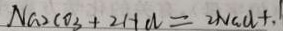
N a _ { 2 } C O _ { 3 } + 2 H C L = 2 N a C l + .